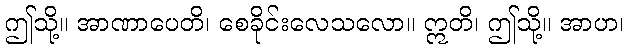
ဤသို့။ အာဏာပေတိ၊ စေခိုင်းလေသလော။ ဣတိ၊ ဤသို့။ အာဟ၊